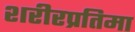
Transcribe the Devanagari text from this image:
शरीरप्रतिमा